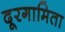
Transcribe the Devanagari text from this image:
दूरगामिता